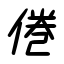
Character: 倦